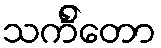
သင်္ကိတော